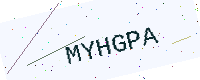
Text: MYHGPA